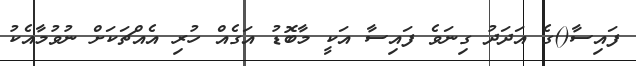
ފައިސާ()ގެ އަދަދު ގިނަވެ ފައިސާ އަކީ މާބޮޑު އަގެއް ހުރި އެއްޗަކަށް ނުވުމާއެކު